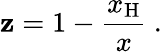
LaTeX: \mathbf{z}=1-\frac{{x_{\mathrm{{H}}}}}{{x}}\ .